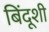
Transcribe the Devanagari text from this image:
बिंदूशी